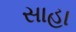
સાહા